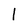
Character: l